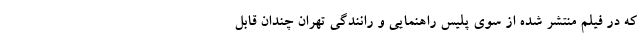
که در فیلم منتشر شده از سوی پلیس راهنمایی و رانندگی تهران چندان قابل